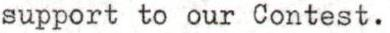
support to our Contest.